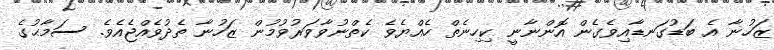
ޒަހުނާ އެ ބަޑުގަނޑާއިވެގެން އޮންނާނީ ކިހިނެތް ހެއްޔެވެ ކެތްނުވާވަރުވުމުން ޒަހުނާ ތެދުވެއްޖެއެވެ. ސަމާޙުގެ